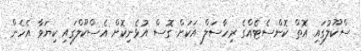
ސްކޫލުގައި އޮތް ކޮންސެޓެއްގެ ރިހާސަލް އަކަށް ގޮސް އުޅެނިކޮށް އެސްކޫލްގައި ކިޔަވާ އެހެން